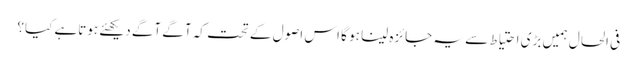
فی الحال ہمیں بڑی احتیاط سے یہ جائزہ لینا ہو گا اس اصول کے تحت کہ آگے آگے دیکھئے ہوتاہے کیا؟